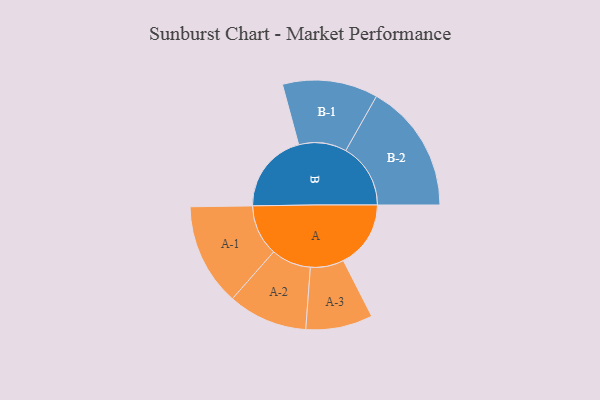
{"axis": {"x": "Segment", "y": "Value"}, "legend": ["", "A", "B"], "data": [{"x": "A", "y": 312, "type": ""}, {"x": "B", "y": 375, "type": ""}, {"x": "A-1", "y": 237, "type": "A"}, {"x": "A-2", "y": 184, "type": "A"}, {"x": "A-3", "y": 155, "type": "A"}, {"x": "B-1", "y": 221, "type": "B"}, {"x": "B-2", "y": 300, "type": "B"}]}